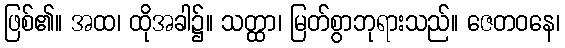
ဖြစ်၏။ အထ၊ ထိုအခါ၌။ သတ္ထာ၊ မြတ်စွာဘုရားသည်။ ဇေတဝနေ၊